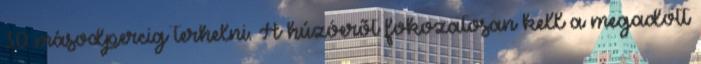
30 másodpercig terhelni. A húzóerõt fokozatosan kell a megadott